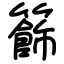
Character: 籂